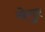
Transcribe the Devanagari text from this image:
सेगुर